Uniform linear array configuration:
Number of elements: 16
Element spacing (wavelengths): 0.25
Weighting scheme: kaiser
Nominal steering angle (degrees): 45
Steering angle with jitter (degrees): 45.125
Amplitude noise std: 0.05
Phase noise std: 0.05

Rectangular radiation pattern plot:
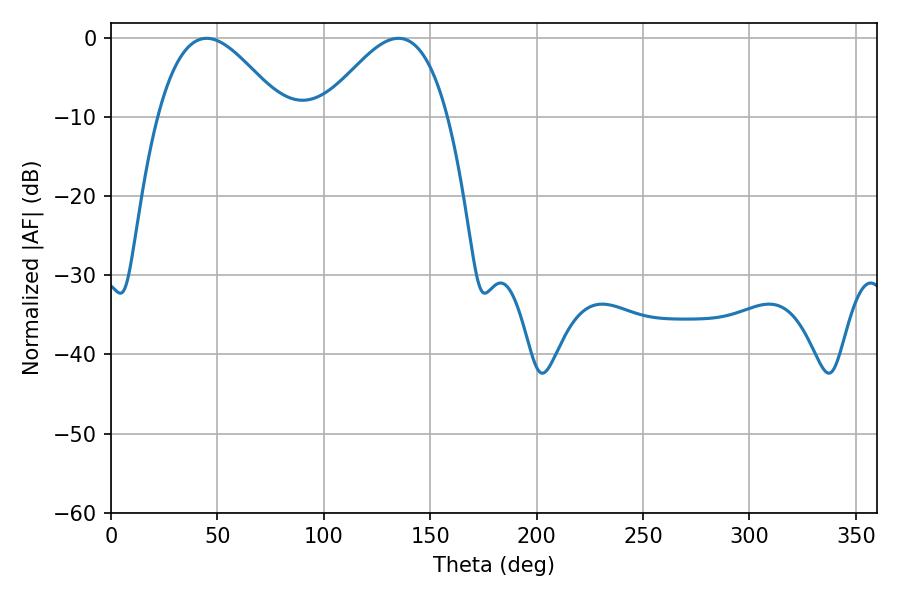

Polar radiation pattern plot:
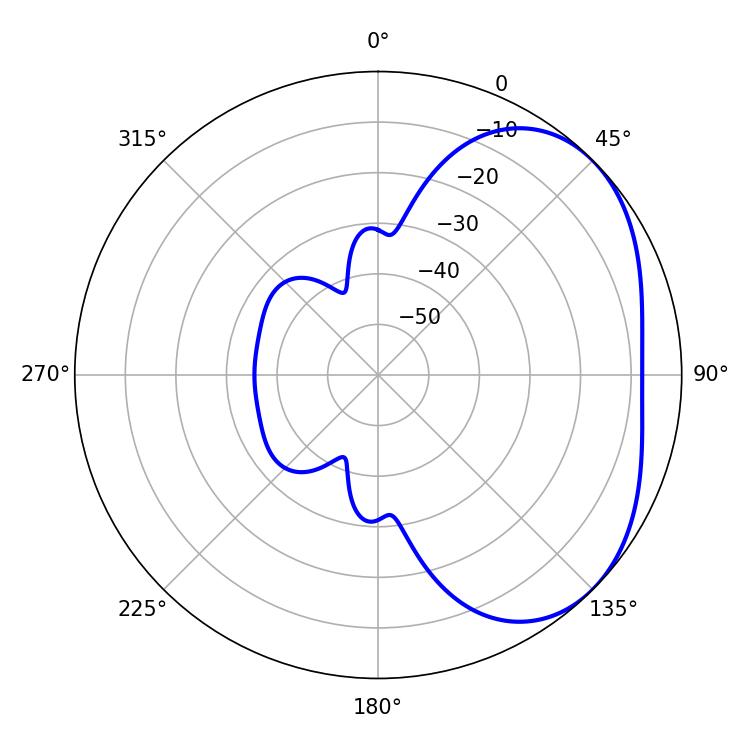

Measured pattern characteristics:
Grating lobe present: FALSE
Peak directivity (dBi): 3.343
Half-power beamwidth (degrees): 31.68
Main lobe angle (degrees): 45